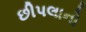
છીપલાનો